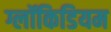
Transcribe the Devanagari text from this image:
ग्लॉकिडियम